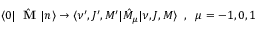
\langle 0 | \hat { \mathrm { ~ \bf ~ M ~ } } | n \rangle \to \langle \nu ^ { \prime } , J ^ { \prime } , M ^ { \prime } | \hat { M } _ { \mu } | \nu , J , M \rangle \; \; , \; \; \mu = - 1 , 0 , 1